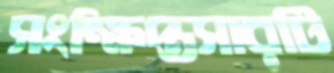
সংক্ষিপ্তসারটি